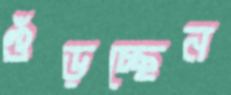
গুঁড়চ্ছেন